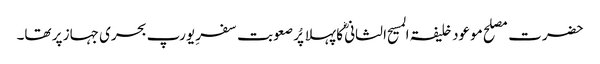
حضرت مصلح موعود خلیفۃ المسیح الثانی ؓکا پہلا پُر صعوبت سفرِ یورپ بحری جہاز پر تھا۔